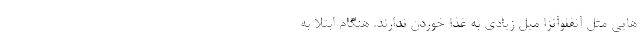
هایی مثل آنفلوآنزا میل زیادی به غذا خوردن ندارند. هنگام ابتلا به